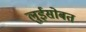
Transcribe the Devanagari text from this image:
लुईसोबत